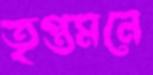
তৃপ্তমনে